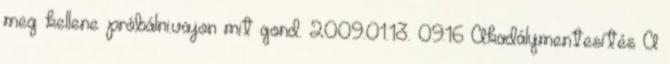
meg kellene próbálni.vajon mit gond. 2009.01.13. 09:16 Akadálymentesítés A